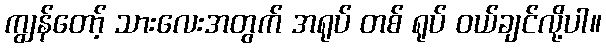
ကျွန်တော့် သားလေးအတွက် အရုပ် တစ် ရုပ် ဝယ်ချင်လို့ပါ။